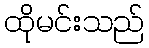
ထိုမင်းသည်